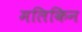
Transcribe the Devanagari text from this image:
मलिकिन